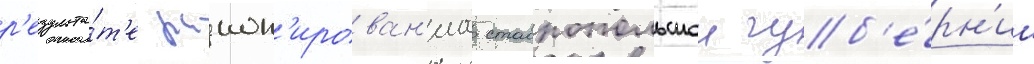
р'езульта́т'е раион'ирован'иа ставропольскои губ'е́рн'ии